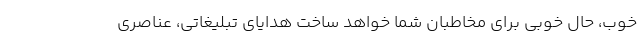
خوب، حال خوبی برای مخاطبان شما خواهد ساخت هدایای تبلیغاتی، عناصری